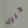
دليل